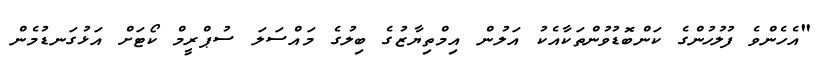
"އެހެންވެ ފުލުހުންގެ ކަންބޮޑުވުންތަކާއެކު އަލުން އިމްތިޔާޒުގެ ބިލުގެ މައްސަލަ ސުޕްރީމް ކޯޓަށް އަޅުގަނޑުމެން